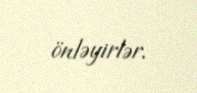
önləyirlər.